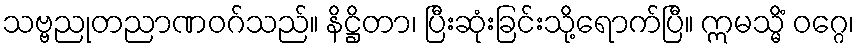
သဗ္ဗညုတညာဏဝဂ်သည်။ နိဋ္ဌိတာ၊ ပြီးဆုံးခြင်းသို့ရောက်ပြီ။ ဣမသ္မိံ ဝဂ္ဂေ၊